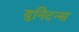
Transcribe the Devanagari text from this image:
युनिटन्स